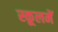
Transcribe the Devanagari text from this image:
स्कूलमें